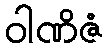
ဝါဏိဇံ